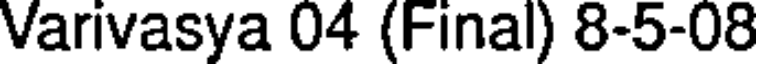
Varivasya 04 (Final) 8-5-08